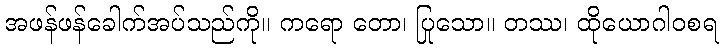
အဖန်ဖန်ခေါက်အပ်သည်ကို။ ကရော တော၊ ပြုသော။ တဿ၊ ထိုယောဂါဝစရ